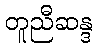
တူညီဆန္ဒ